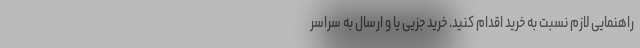
راهنمایی لازم نسبت به خرید اقدام کنید. خرید جزیی یا و ارسال به سراسر